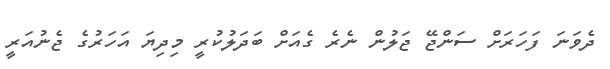
ދެވަނަ ފަހަރަށް ސަންޖޭ ޖަލުން ނެރެ ގެއަށް ބަދަލުކުރީ މިދިޔަ އަހަރުގެ ޖެނުއަރީ